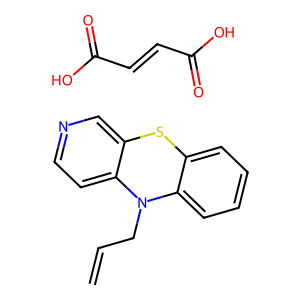
SMILES: C=CCN1c2ccccc2Sc2cnccc21.O=C(O)C=CC(=O)O
Inhibits HIV replication: No